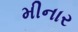
મીનાર